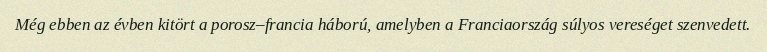
Még ebben az évben kitört a porosz–francia háború, amelyben a Franciaország súlyos vereséget szenvedett.